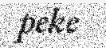
peke